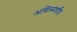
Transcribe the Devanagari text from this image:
अविस्मर्णीय